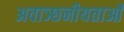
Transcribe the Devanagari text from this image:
अवाञ्छनीयताओं